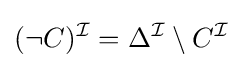
(\neg C)^{\mathcal {I}}=\Delta ^{\mathcal {I}}\setminus C^{\mathcal {I}}